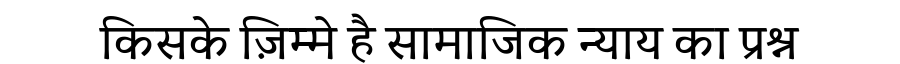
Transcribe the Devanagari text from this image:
किसके ज़िम्मे है सामाजिक न्याय का प्रश्न